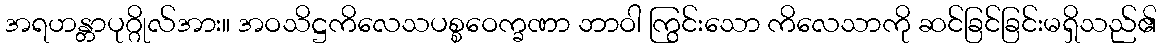
အရဟန္တာပုဂ္ဂိုလ်အား။ အဝသိဋ္ဌကိလေသပစ္စဝေက္ခဏာ ဘာဝါ ကြွင်းသော ကိလေသာကို ဆင်ခြင်ခြင်းမရှိသည်၏